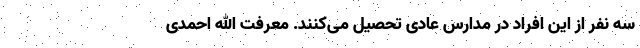
سه نفر از این افراد در مدارس عادی تحصیل می‌کنند. معرفت الله احمدی